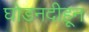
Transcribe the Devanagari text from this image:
घोडनदीहून